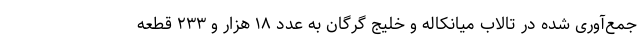
جمع‌آوری شده در تالاب میانکاله و خلیج گرگان به عدد ۱۸ هزار و ۲۳۳ قطعه